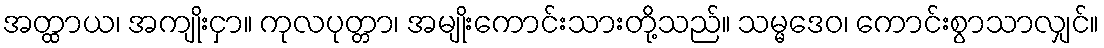
အတ္ထာယ၊ အကျိုးငှာ။ ကုလပုတ္တာ၊ အမျိုးကောင်းသားတို့သည်။ သမ္မဒေဝ၊ ကောင်းစွာသာလျှင်။